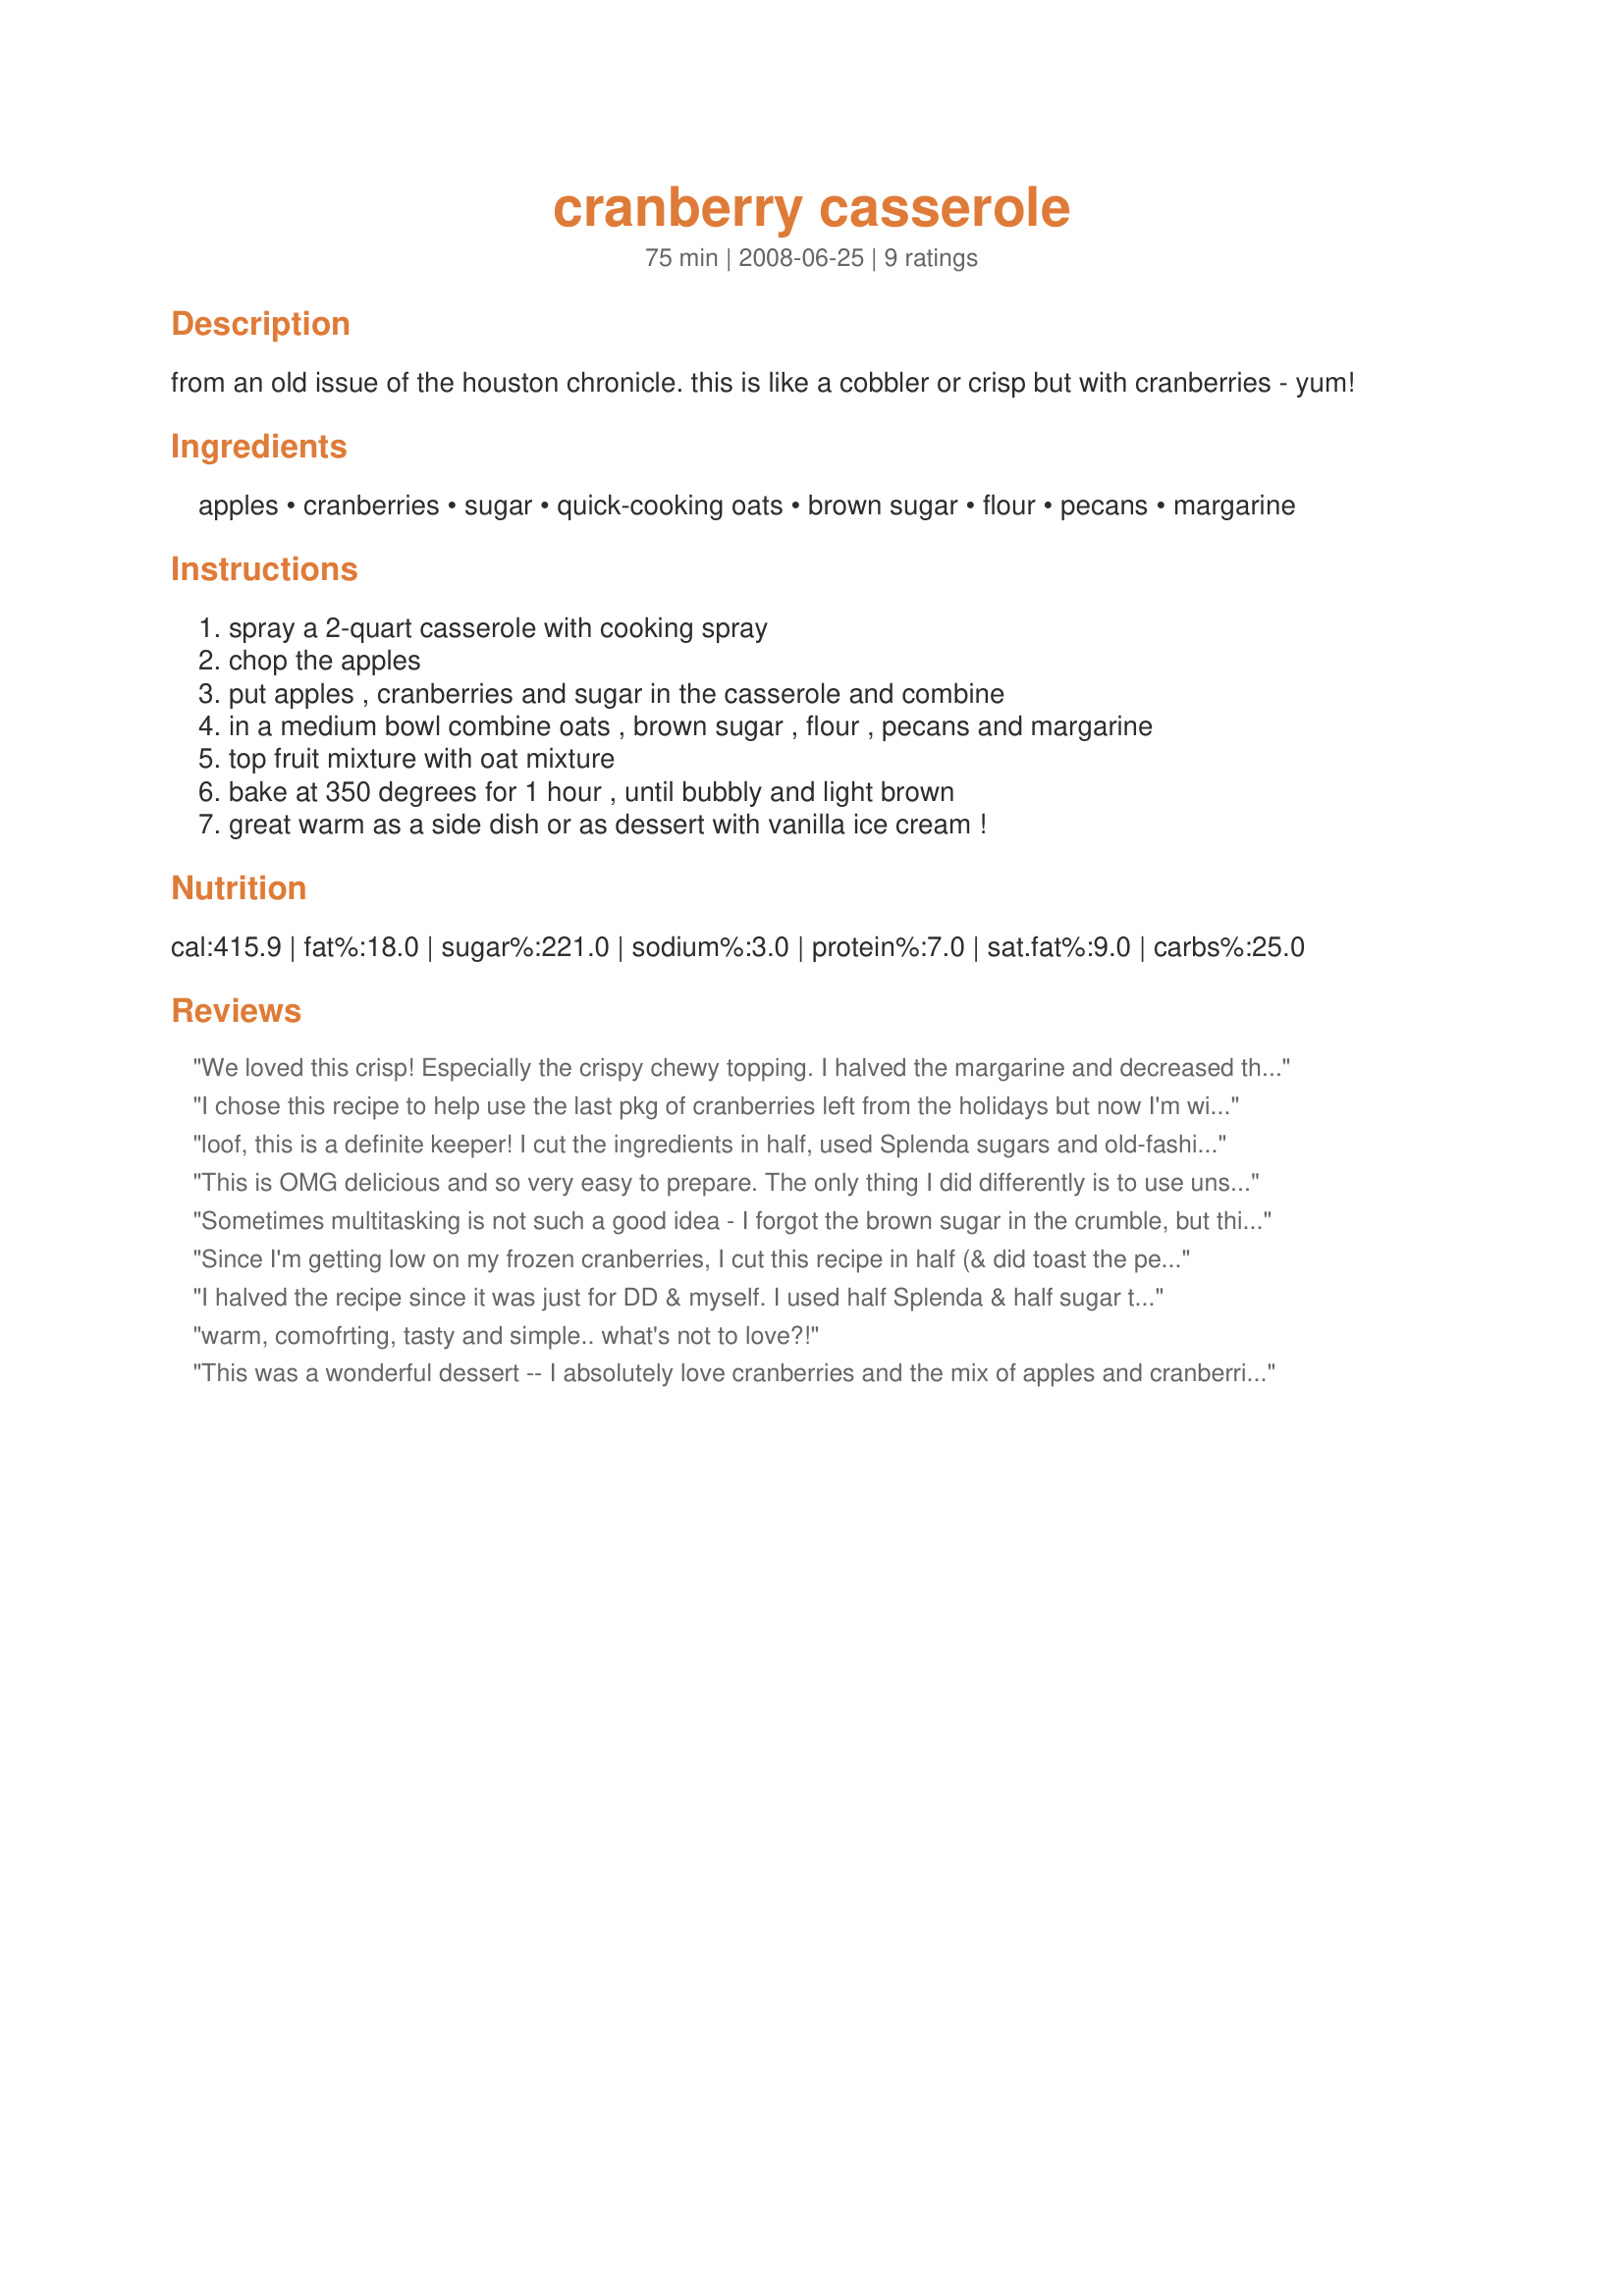
cranberry casserole
Preparation time: 75 minutes

from an old issue of the houston chronicle. this is like a cobbler or crisp but with cranberries - yum!

Ingredients:
apples, cranberries, sugar, quick-cooking oats, brown sugar, flour, pecans, margarine

Steps:
spray a 2-quart casserole with cooking spray, chop the apples, put apples , cranberries and sugar in the casserole and combine, in a medium bowl combine oats , brown sugar , flour , pecans and margarine, top fruit mixture with oat mixture, bake at 350 degrees for 1 hour , until bubbly and light brown, great warm as a side dish or as dessert with vanilla ice cream !

Reviews:
We loved this crisp! Especially the crispy chewy topping. I halved the margarine and decreased the flour by 2 tablespoons. The second time I made this I made it only with the cranberries and baked it 15 minutes, then broiled it 2 more minutes. We decided that this is the best crisp we've ever had! Great served warm with low fat vanilla (or eggnog) ice cream.
I chose this recipe to help use the last pkg of cranberries left from the holidays but now I'm wishing that I had more of them. This is terrific. The cranberry nip id there but as a marvelous touch and not at all overpowering. I used Splenda for the sugar and added a lit bit of cinnamon to both the fruit and the topping. Will certainly make it again.
loof, this is a definite keeper! I cut the ingredients in half, used Splenda sugars and old-fashioned oats. Served warm with ice cream, it was luscious! Thanks so much for sharing this one..we'll enjoy this many times! MERP'd for Newest Zaar tag '08.
This is OMG delicious and so very easy to prepare. The only thing I did differently is to use unsalted butter in place of the margarine. I served this with low-fat ice cream. Thanks, loof! Made for Best of 2010 Tag Game as recommended by Maito.
Sometimes multitasking is not such a good idea - I forgot the brown sugar in the crumble, but this still turned out great. I reduced the sugar to 3/4 cup and would reduce it more, and subbed walnuts for the pecans, but otherwise followed the recipe. it's great comfort food and not fussy to prepare.
Since I'm getting low on my frozen cranberries, I cut this recipe in half (& did toast the pecans) & now can't wait for autumn when I can stock up on the berries again AND MAKE THIS GREAT CASSEROLE FOR COMPANY! Definitely a keeper! [Tagged, made & reviewed in Newest Zaar Tag]
I halved the recipe since it was just for DD & myself. I used half Splenda & half sugar to cut down on calories. Made for Zaar Stars Tag
warm, comofrting, tasty and simple.. what's not to love?!
This was a wonderful dessert -- I absolutely love cranberries and the mix of apples and cranberries was really nice. The only change I made was to reduce the amount of sugar; otherwise, I made as directed. Only one problem -- I forgot to buy ice cream to go along with it. : ) Actually, it was wonderful just as it is and I didn&#039;t miss the ice cream at all. : ) Made for PRMR, November, 2013.
